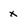
Character: x